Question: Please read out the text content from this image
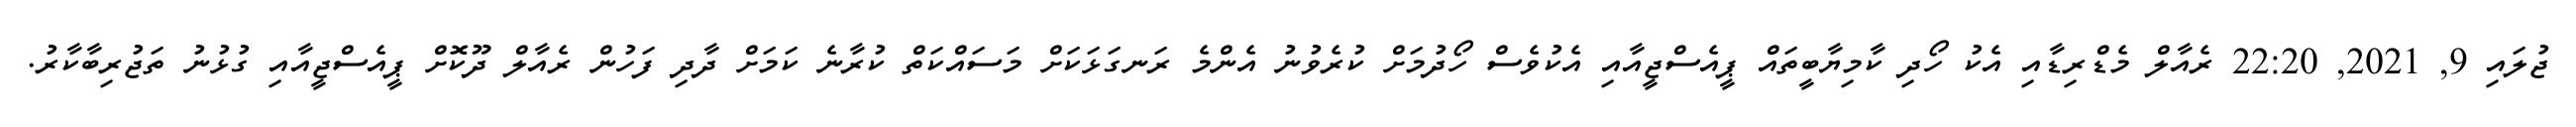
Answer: ޖުލައި 9, 2021, 22:20 ރެއާލް މެޑްރިޑާއި އެކު ހޯދި ކާމިޔާބީތައް ޕީއެސްޖީއާއި އެކުވެސް ހޯދުމަށް ކުރެވުނު އެންމެ ރަނގަޅަކަށް މަސައްކަތް ކުރާނެ ކަމަށް ދާދި ފަހުން ރެއާލް ދޫކޮށް ޕީއެސްޖީއާއި ގުޅުނު ތަޖުރިބާކާރު.